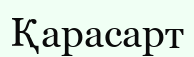
Қарасарт